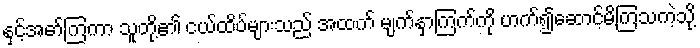
နှင့်အော်ကြကာ သူတို့၏ ငယ်ထိပ်များသည် အထက် မျက်နှာကြက်ကို ဟက်၍ဆောင့်မိကြသကဲ့သို့